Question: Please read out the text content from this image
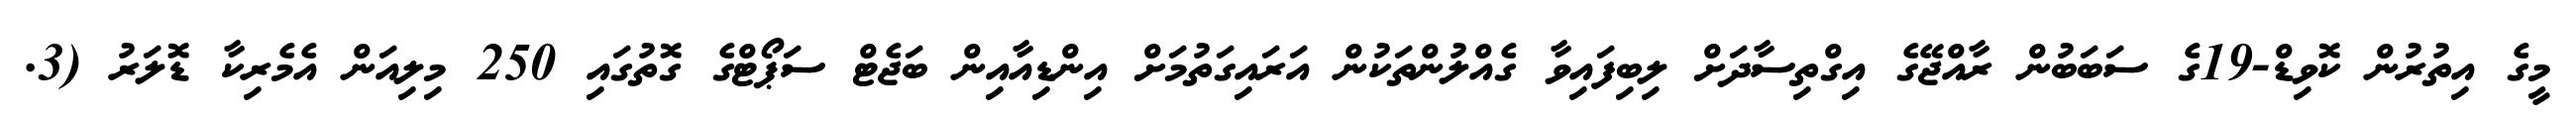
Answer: މީގެ އިތުރުން ކޮވިޑް-19ގެ ސަބަބުން ރާއްޖޭގެ އިގްތިސާދަށް ލިބިފައިވާ ގެއްލުންތަކުން އަރައިގަތުމަށް އިންޑިއާއިން ބަޖެޓް ސަޕޯޓްގެ ގޮތުގައި 250 މިލިއަން އެމެރިކާ ޑޮލަރު (3.